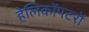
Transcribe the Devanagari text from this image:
हेलिकॉपटरों